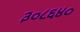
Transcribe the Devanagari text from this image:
३०८६४०